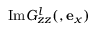
\mathrm { I m } G _ { z z } ^ { l } ( , { \bf e } _ { x } )